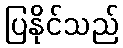
ပြနိုင်သည်